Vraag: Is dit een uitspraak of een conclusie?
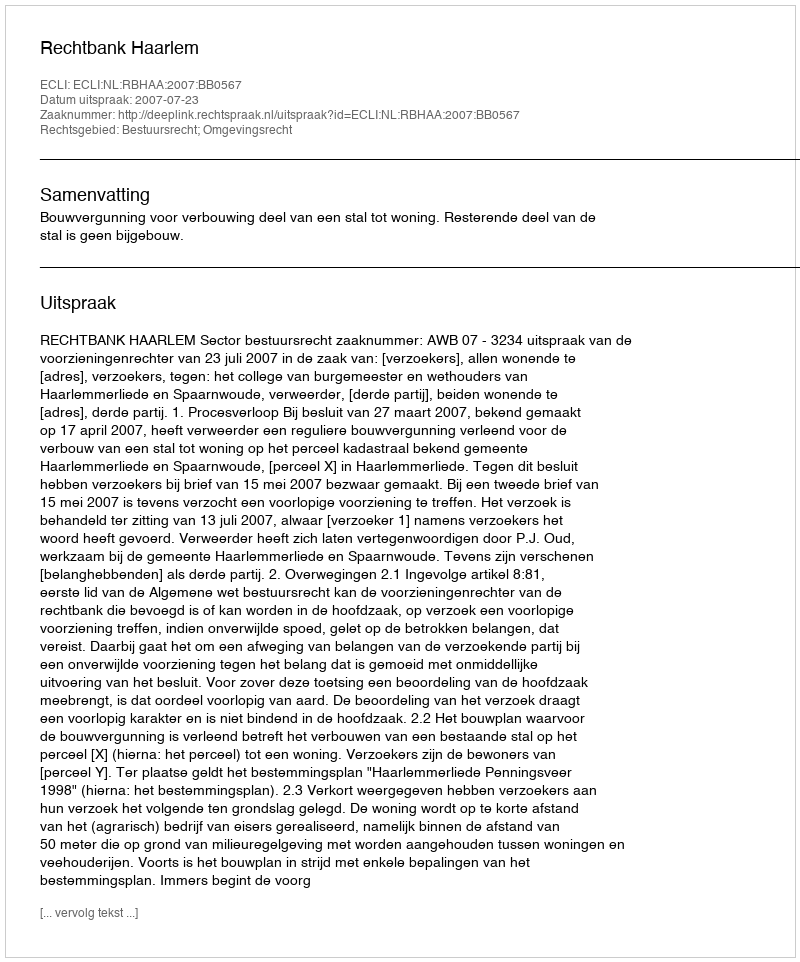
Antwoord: Uitspraak